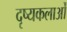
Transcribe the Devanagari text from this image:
दृष्यकलाओं